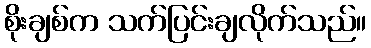
စိုးချစ်က သက်ပြင်းချလိုက်သည်။